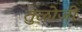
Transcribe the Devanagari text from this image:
तुळोजी